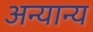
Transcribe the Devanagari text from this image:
अन्‍यान्‍य